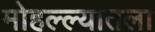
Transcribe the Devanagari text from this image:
मोहल्ल्यातला